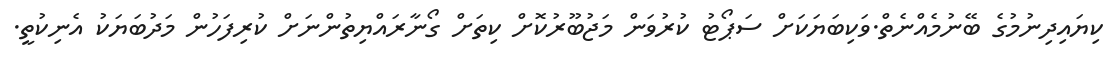
ކިޔައިދިނުމުގެ ބޭނުމެއްނެތް.ވަކިބަޔަކަށް ސަޕޯޓު ކުރުވަން މަޖުބޫރުކޮށް ކިތަށް ގޯނާރައްޔިތުންނަށް ކުރިފަހުން މަދުބަޔަކު އެނިކުތީ.